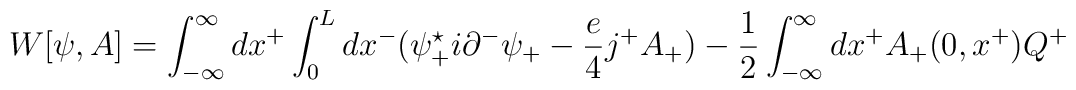
W[{\psi},A] = \int_{-\infty}^{\infty} dx^{+} \int_0^L dx^{-} ({\psi}_{+}^{\star} i {\partial}^{-} {\psi}_{+} - \frac{e}{4} j^{+}A_{+} ) - \frac{1}{2} \int_{-\infty}^{\infty}dx^{+} A_{+}(0,x^{+}) Q^{+}